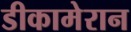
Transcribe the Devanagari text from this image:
डीकामेरान